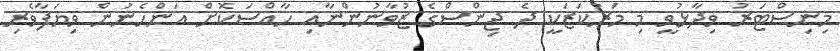
މިނިސްޓަރު ވިދާޅުވީ މި މަރުކަޒަކީ ދެ ޖިންސްގެ ޒުވާނުންނާއި ހާއްސަކޮށް އަންހެނުން ވިޔަފާވެރި